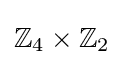
\mathbb {Z} _{4}\times \mathbb {Z} _{2}